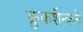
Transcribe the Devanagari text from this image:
क्रुकशैन्कने